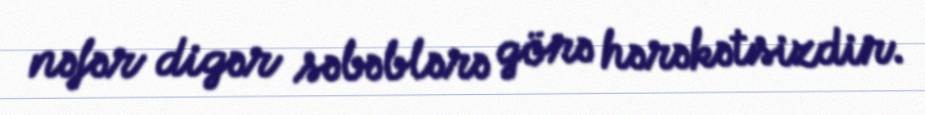
nəfər digər səbəblərə görə hərəkətsizdir.